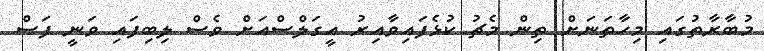
މުބާރާތުގައި މިހާތަނަށް ތިން މެޗު ކުޅެފައިވާއިރު އީގަލްސްއަށް ވެސް ލިބިފައި ވަނީ ފަސް